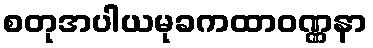
စတုအပါယမုခကထာဝဏ္ဏနာ